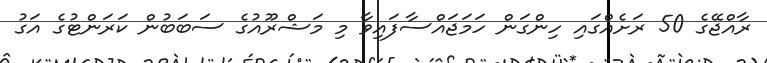
ރާއްޖޭގެ 50 ރަށެއްގައި ހިންގަން ހަމަޖައްސާފައިވާ މި މަޝްރޫއުގެ ސަބަބުން ކަރަންޓުގެ އަގު